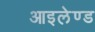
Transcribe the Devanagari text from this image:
आइलेण्ड